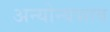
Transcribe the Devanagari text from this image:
अन्योन्यभाव